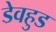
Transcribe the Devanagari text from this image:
डेवहुड